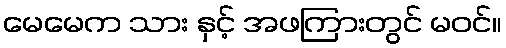
မေမေက သား နှင့် အဖကြားတွင် မဝင်။